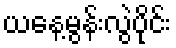
ယနေ့မွန်းလွဲပိုင်း